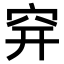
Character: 𥤴